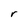
Character: r